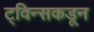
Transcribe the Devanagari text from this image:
ट्विन्सकडून